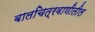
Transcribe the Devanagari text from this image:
बालचित्रवाणीतील